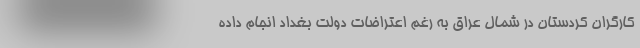
کارگران کردستان در شمال عراق به رغم اعتراضات دولت بغداد انجام داده